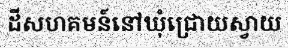
ដីសហគមន៍នៅឃុំជ្រោយស្វាយ